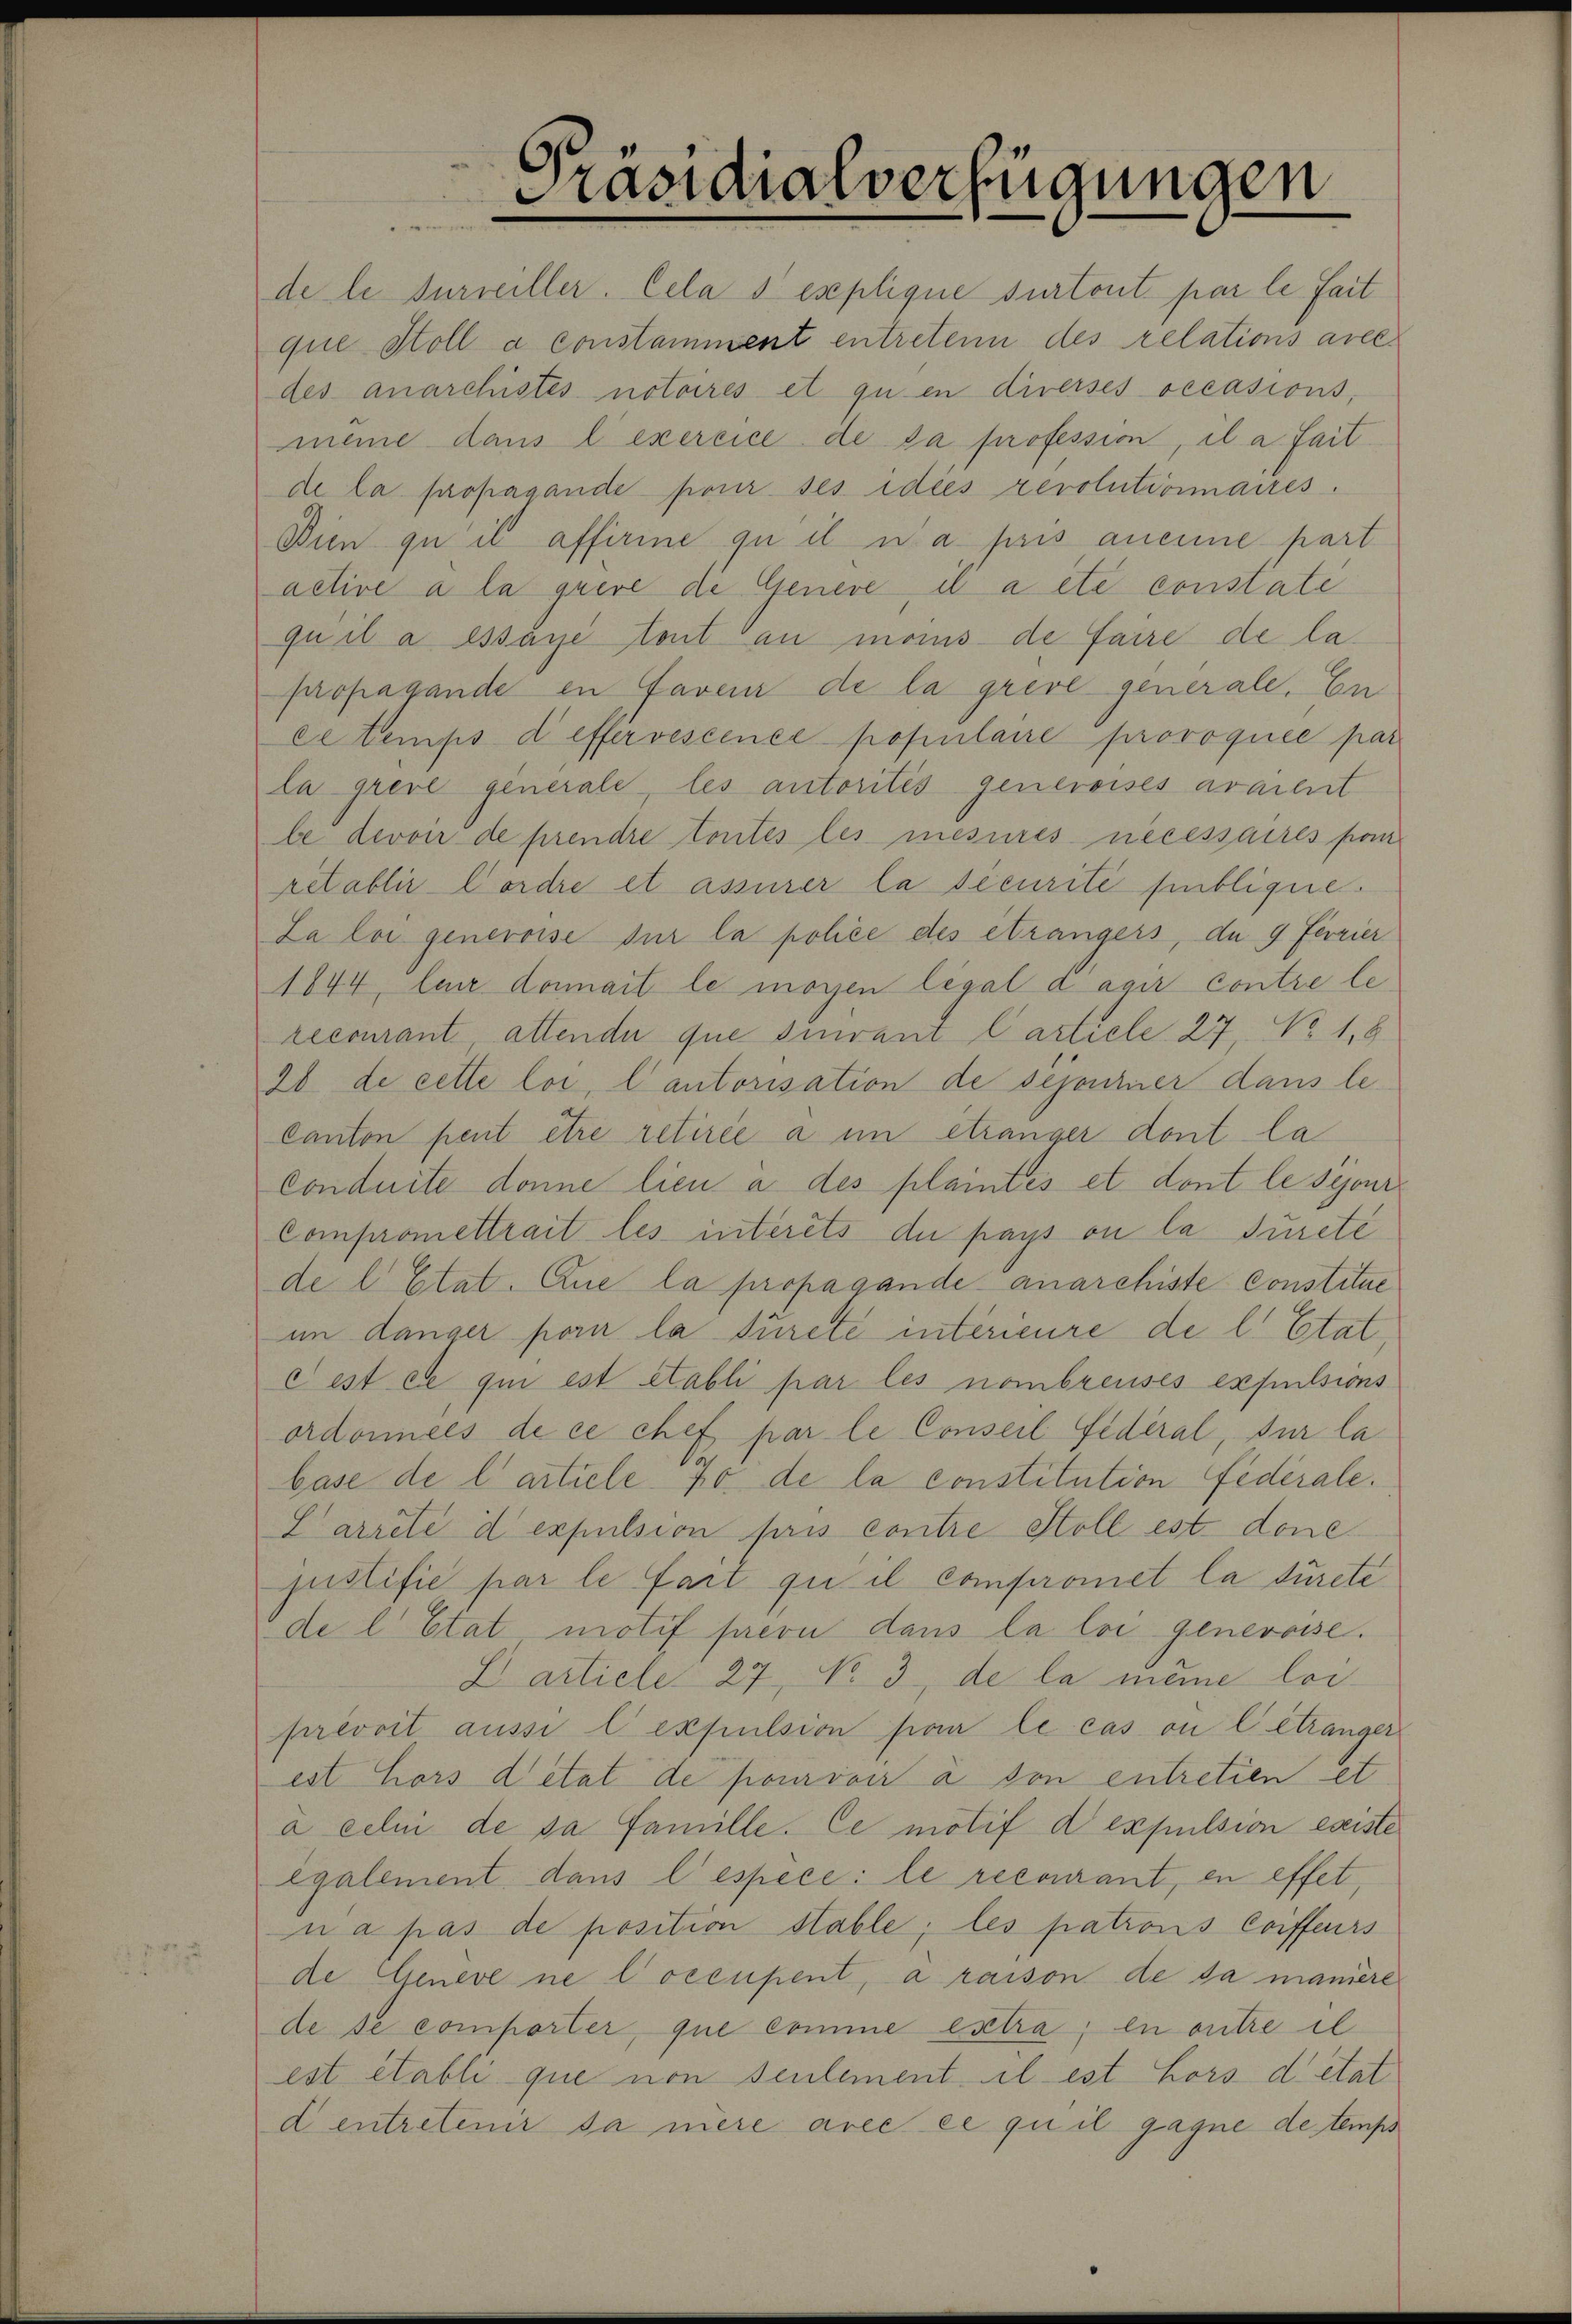
Präsidialverfügungen

de le surveiller. Cela s explique sur tout par le fait
que Stoll a constamment entretenn des relations avecdes anarchistes notoires et qu en diverses occasions,
meine dans l’exercice de da profession, il a fait
de la propagande pour ses idees revolutionaires.
Dien qu’il affirine gu il u. a. pris aneine part.
active à la quere de Genere, il a etc constate
quil a essaye tout au monis de faire de lapropagande en faveur de la grive generale. En
citemps deffervescence populaire provoquée par
la greve generale, les autorités genereises avaient
le devoir de prendre toutes les mesures necessaires po
rétablir Cordre et assurer la securité publique.
La loi generoise sur la police des étrangers, da 9 Ferrier
1844, bei dermait le mögen legal d’agir contre lerecourant, attende que devant Carticle 27, No 1,8
20 de cette loi, lautorisation de schontner dans le¬
Canton peut être retirée a im etränger dont la
conduite donne lieu à des plaintés et dont le syonr
Compromettrait les interets du pays ou la Jurete
de l. Etat. Que la propagande anarchiste Constitue
im Länger porir la Jurete interieure de l. Etat,
cest et qui est établi par les nombreuses expulsions
ardonnels de ce chef par le Conseil Fideral, sur la
base de l’article 70 de la constitution Federale.
Carreté d expulsion pris contre Stoll est done
justifié par le fart qu’il compromet la durete
de l. Etat motif prevu dans la loi generosse.
E artiele. 27 No 3., de la meine leiprevoit aussi l’expulsion par le cas ou l étranger
est hors d’état de pourvoir à son entretien et
à celui de sa famille. Ce motif d expulsion eseiste
egalement dans l’espece: le recourant, en effet,
na pas de position Hable, les patrons Coiffeurs
de Geneve ne locenpent, à raison de da manière
de se comporter, que comme estra, en outre il
est établi que von seulement il est hors detat
d entretenir da niere avec ce quil gagne de temps